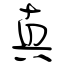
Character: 真